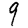
Digit: 9